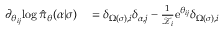
\begin{array} { r l } { \partial _ { \theta _ { i j } } \! \log \hat { \pi } _ { \boldsymbol { \theta } } ( \alpha \vert \sigma ) } & { { } = \delta _ { \Omega ( \sigma ) , i } \delta _ { \alpha , j } - \frac { 1 } { \mathcal { Z } _ { i } } \mathrm { e } ^ { \theta _ { i j } } \delta _ { \Omega ( \sigma ) , i } } \end{array}